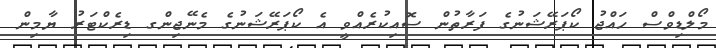
މޯލްޑިވްސް ހައްޖު ކޯޕަރޭޝަނުގެ ފަރާތުން ސޮއިކުރެއްވީ އެ ކޯޕަރޭޝަނުގެ މެނޭޖިންގ ޑިރެކްޓަރު ޔާމިން